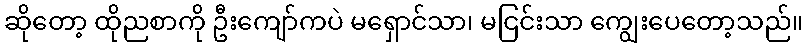
ဆိုတော့ ထိုညစာကို ဦးကျော်ကပဲ မရှောင်သာ၊ မငြင်းသာ ကျွေးပေတော့သည်။